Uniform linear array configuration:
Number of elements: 4
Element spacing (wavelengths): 0.75
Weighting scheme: cosine
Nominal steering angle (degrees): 15
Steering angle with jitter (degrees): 14.826
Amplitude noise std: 0.05
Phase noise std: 0.05

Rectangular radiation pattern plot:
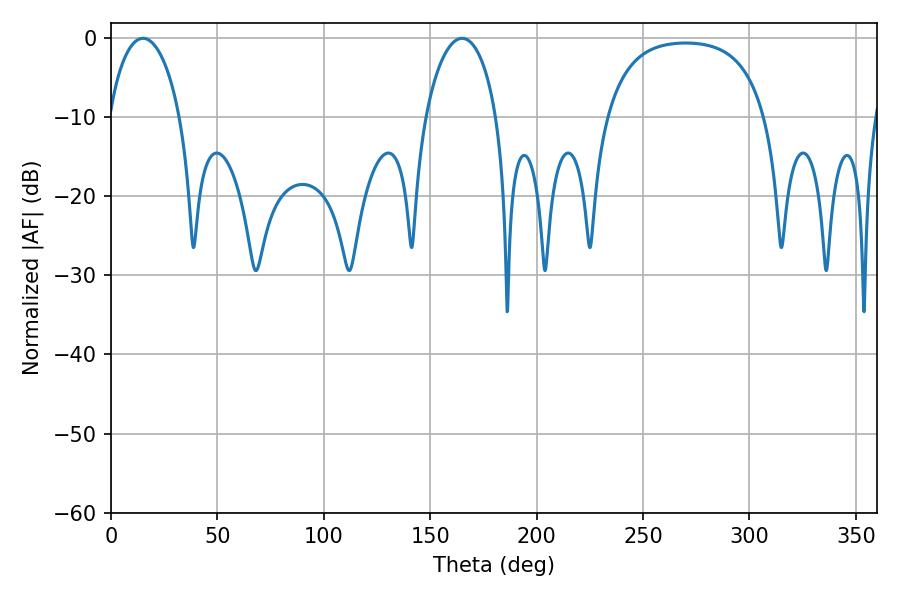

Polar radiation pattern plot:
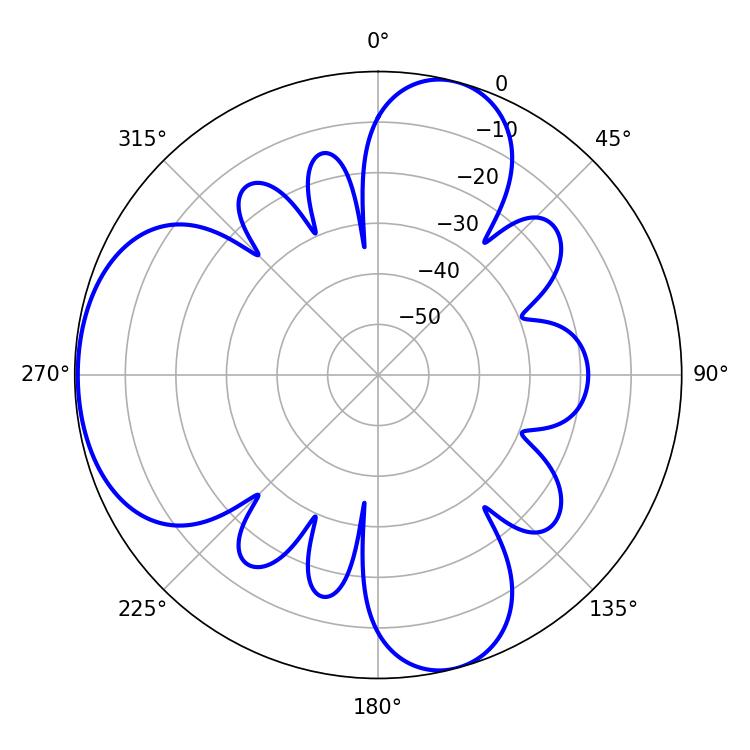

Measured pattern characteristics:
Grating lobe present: TRUE
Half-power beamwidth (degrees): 19.08
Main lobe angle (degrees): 15.12